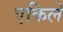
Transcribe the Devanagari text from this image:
एकिले